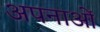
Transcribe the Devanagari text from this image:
अपनाओं